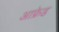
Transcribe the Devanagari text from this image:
आफ्रेड